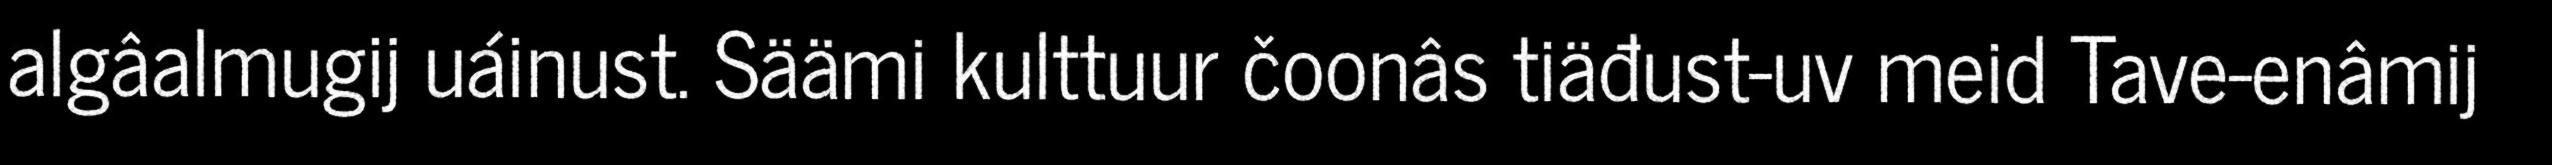
algâalmugij uáinust. Säämi kulttuur čoonâs tiäđust-uv meid Tave-enâmij